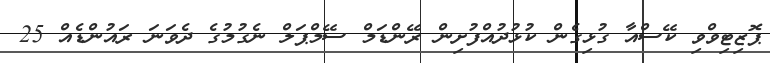
ޕޮޒިޓިވްވި ކޭސްއާ ގުޅިގެން ކުޅުދުއްފުށިން ރޭންޑަމް ސޭމްޕަލް ނެގުމުގެ ދެވަނަ ރައުންޑެއް 25